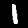
Digit: 1